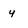
Character: y